画像に写った文字を読んでください
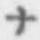
「ナ」と書いてあります